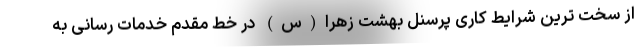
از سخت ترین شرایط کاری پرسنل بهشت زهرا(س) در خط مقدم خدمات رسانی به